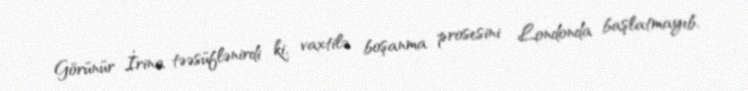
Görünür İrina təəsüflənirdi ki, vaxtilə boşanma prosesini Londonda başlatmayıb,